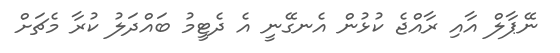
ނޭޕާލް އާއި ރާއްޖެ ކުޅުން އެނގޭނީ އެ ދެޓީމު ބައްދަލު ކުރާ މެޗަށް